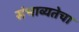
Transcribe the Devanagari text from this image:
संभाव्यतेचा